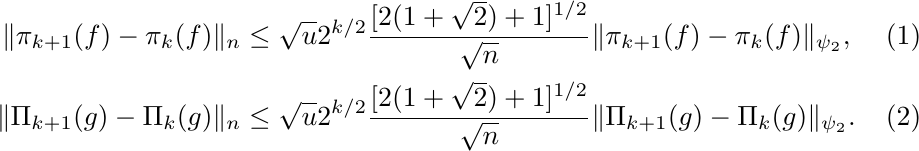
\begin{align}
\Vert \pi_{k+1}(f)-\pi_{k}(f)\Vert_{n}&\le\sqrt{u}2^{k/2}\frac{[2(1+\sqrt{2})+1]^{1/2}}{\sqrt{n}}\Vert\pi_{k+1}(f)-\pi_{k}(f)\Vert_{\psi_2},\\
\Vert \Pi_{k+1}(g)-\Pi_{k}(g)\Vert_{n}&\le\sqrt{u}2^{k/2}\frac{[2(1+\sqrt{2})+1]^{1/2}}{\sqrt{n}}\Vert\Pi_{k+1}(g)-\Pi_{k}(g)\Vert_{\psi_2}.\label{thm:product:process:eq2}
\end{align}